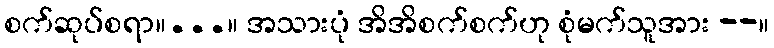
စက်ဆုပ်စရာ။...။ အသားပုံ အိအိစက်စက်ဟု စုံမက်သူအား --။